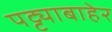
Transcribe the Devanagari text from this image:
पट्ट्याबाहेर